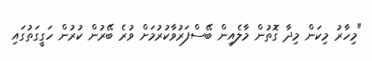
"މިހާރު މިކަން މިދާ ގޮތުން މާލެއިން ބޭސްފަރުވާކުރުމަށް ވުރެ ބޭރުން ކުރުން ހަގީގަތުގައި